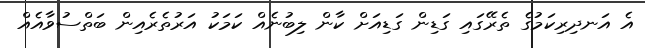
އެ އަނދިރިކަމުގެ ތެރޭގައި ގަޑިން ގަޑިއަށް ކާން ލިބުނެއް ކަމަކު އަރުތެރެއިން ބަތްސުވާއެއް